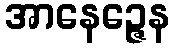
အာနေဉ္ဇေန